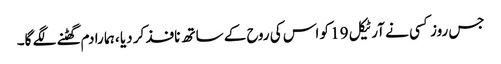
جس روز کسی نے آرٹیکل 19 کو اس کی روح کے ساتھ نافذ کر دیا ، ہما را دم گھٹنے لگے گا۔